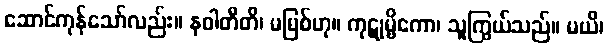
ဆောင်ကုန်သော်လည်း။ နဝါတီတိ၊ မမြစ်ဟု။ ကုဋုမ္ဗိကော၊ သူကြွယ်သည်။ မယိ၊